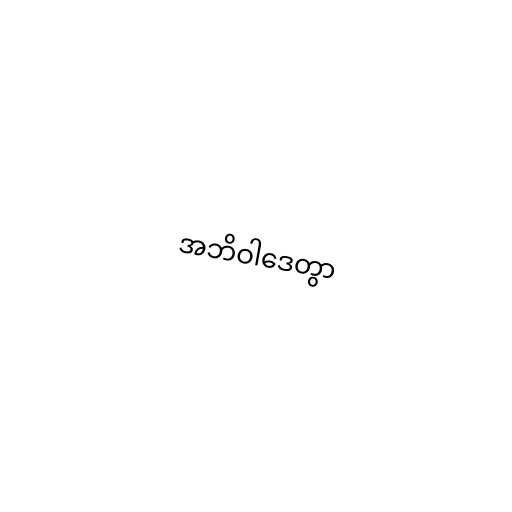
အဘိဝါဒေတွာ